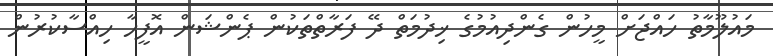
މައުލޫމާތު ހައްޖަށް މީހުން ގެންދިއުމުގެ ޚިދުމަތް ދޭ ފަރާތްތަކުން ޕެންޝަން އޮފީހާ ހިއްސާކުރުން